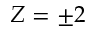
Z = \pm 2